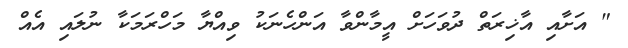
" އަށާއި އާޚިރަތް ދުވަހަށް އީމާންވާ އަންހެނަކު ވިއްޔާ މަހްރަމަކާ ނުލައި އެއް